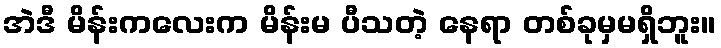
အဲဒီ မိန်းကလေးက မိန်းမ ပီသတဲ့ နေရာ တစ်ခုမှမရှိဘူး။